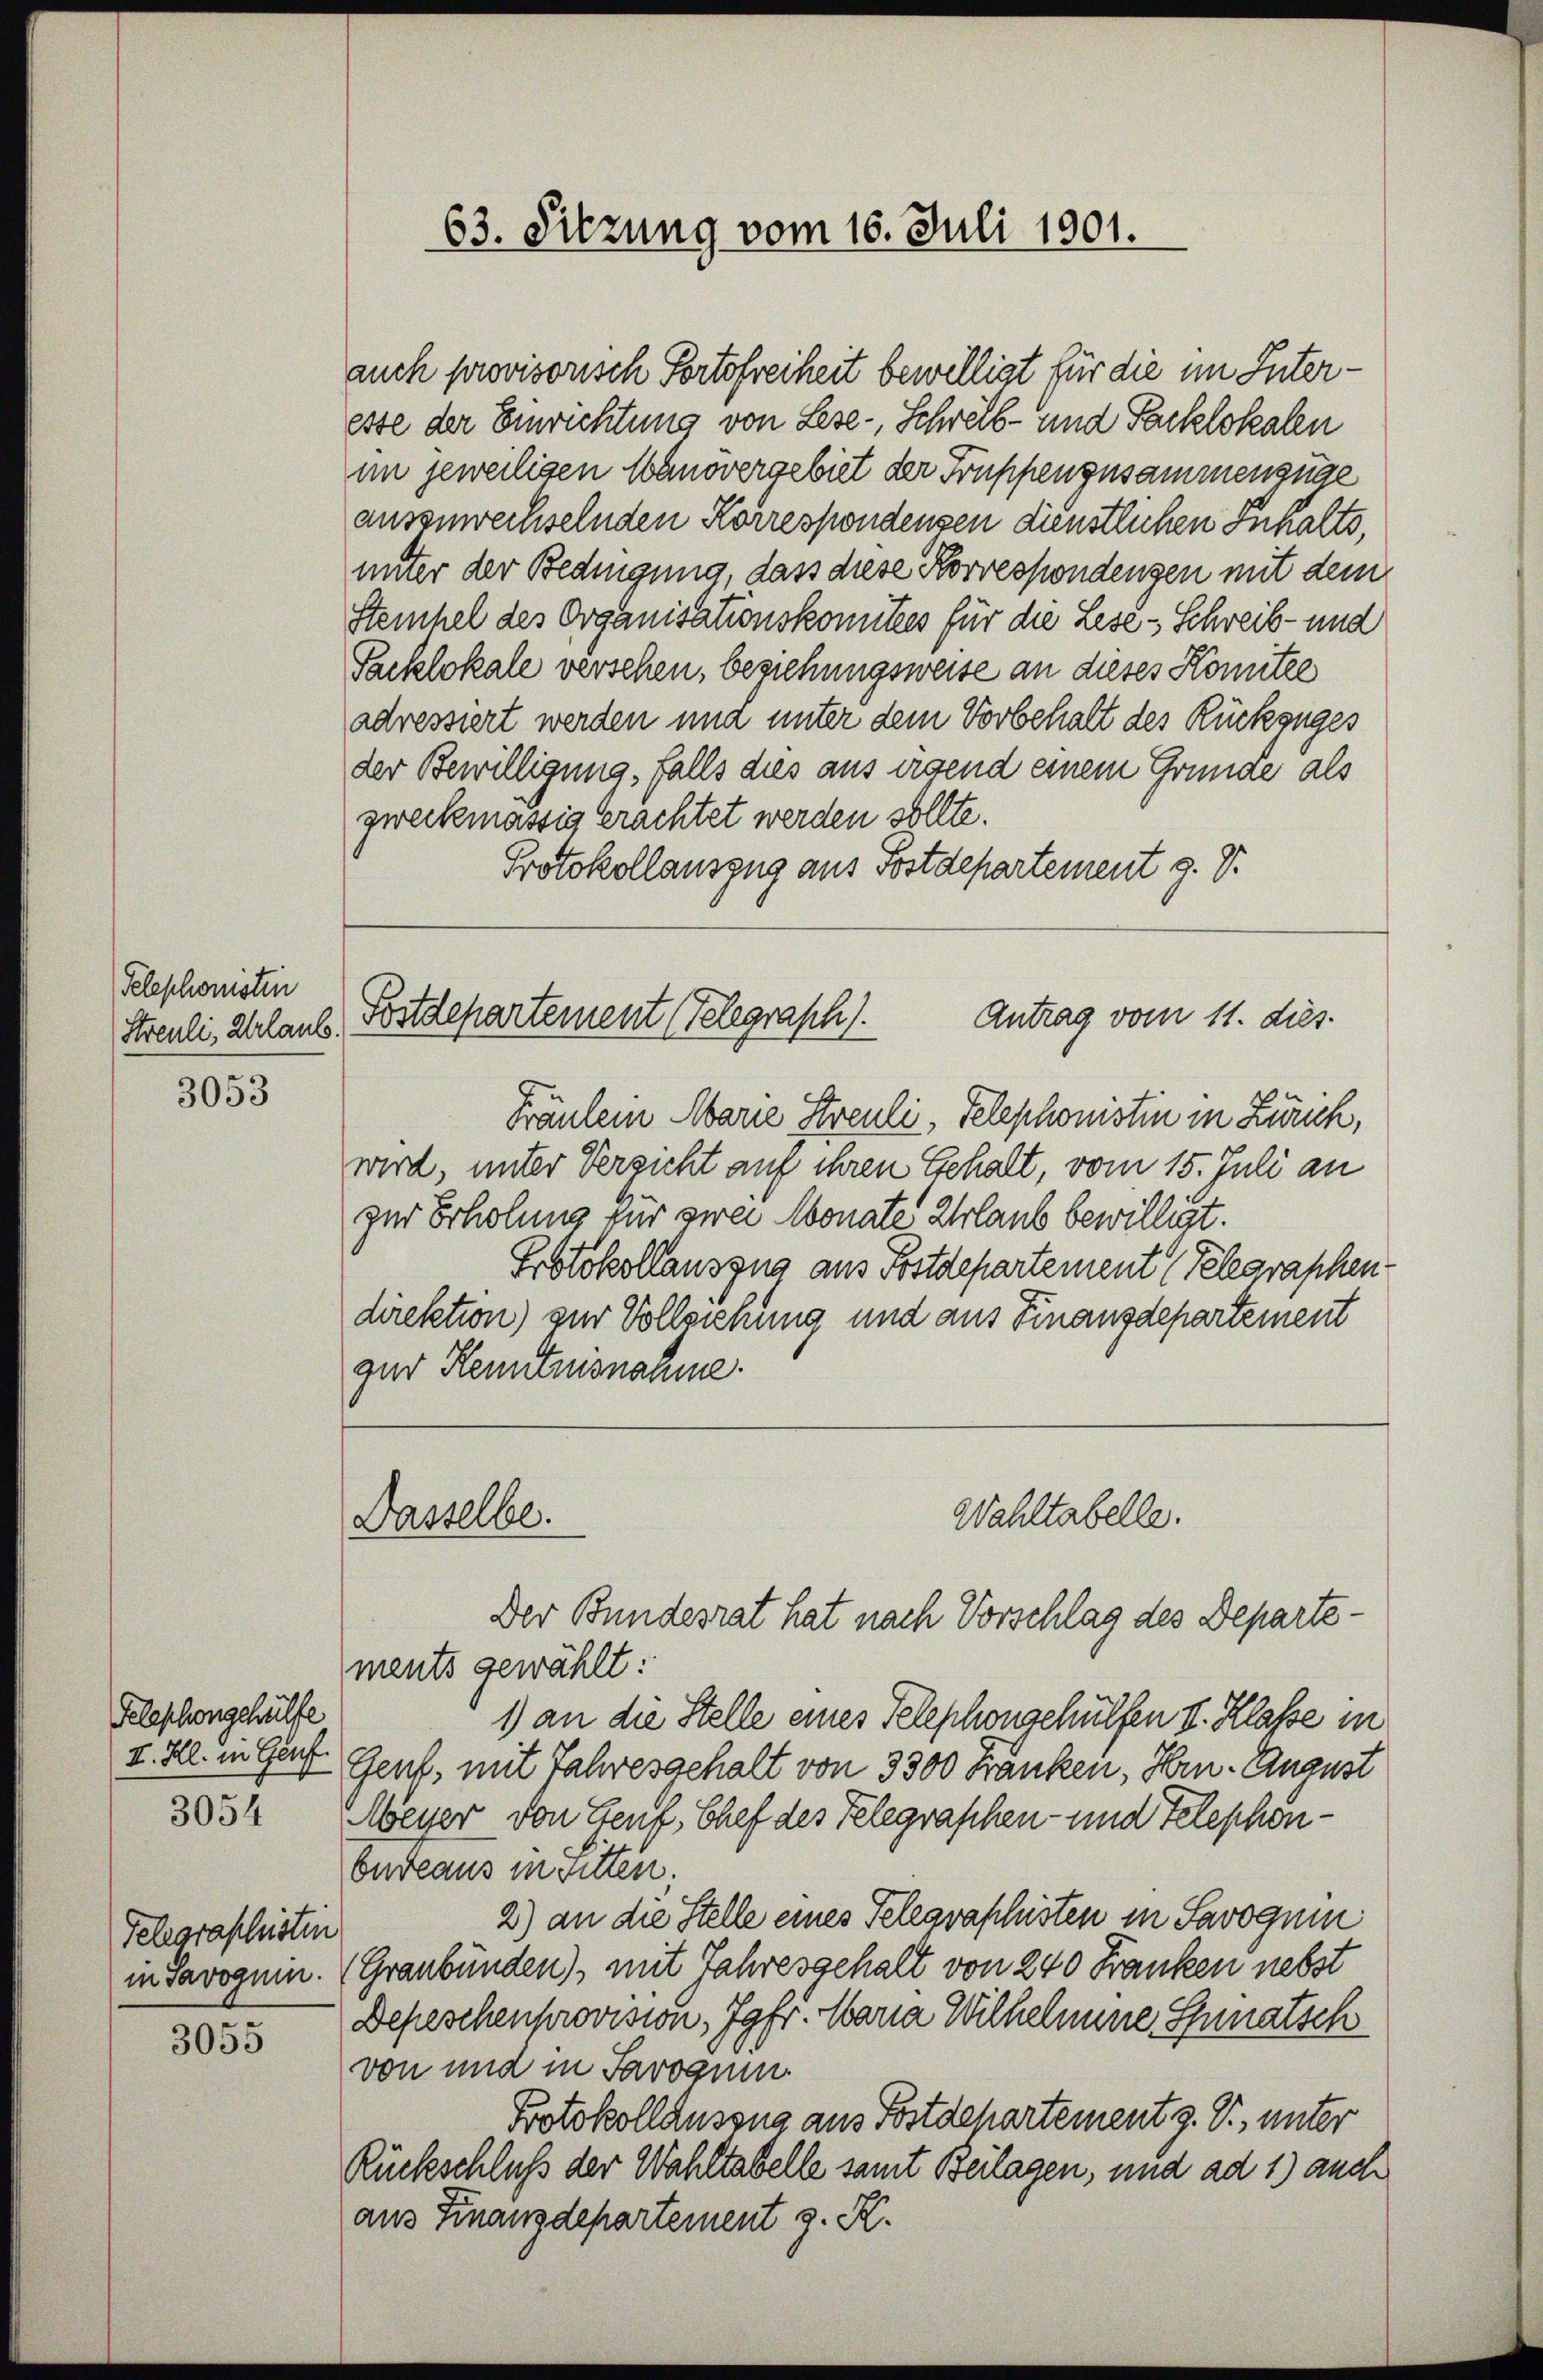
Telephonisten
Streuli, Urlaub.

3053

Telephongehülfe

2031

Telegraphisten

3055

63. Sitzung vom 16. Juli 1901.

zweckmässig erachtet werden sollte.
Protokollauszug aus Postdepartement J. V.

auch provisorisch Portofreiheit bewilligt für die im Interesse der Einrichtung von Lese-, Schreib- und Packlokalen
im jeweiligen Manövergebiet der Truppenzusammenzüge
auszuwechselnden Korrespondensen dienstlichen Inhalts,
unter der Bedingung, dass diese Korrespondenzen mit dem
Steinhel des Organisationskomitees für die Lese - Schreib- und
Packlokale versehen, beziehungsweise an dieses Komitee
adressiert werden und unter dem Vorbehalt des Rückzuges
der Bewilligung, falls dies aus irgend einem Grunde als
Postdepartement (Telegraph).
Antrag vom 11. dies
Fräulein Marie Streuli, Telephonistin in Zürich,
wird, unter Versicht auf ihren Gehalt, vom 15. Juli an
zur Erholung für zwei Monate Urlaub bewilligt.
Protokollauszug aus Postdepartement (Telegraphen.
direktion) zur Vollziehung und aus Finanzdepartement
gur Kenntnisnamme.

Wahltabelle.
Dasselbe.

Der Bundesrat hat nach Vorschlag des Departements gewählt:
1) an die Stelle eines Telephongehülfen II. Klasse in
I. Ill. in Genf. Gent, mit Jahresgehalt von 3300 Franken, Hrn. August
Meyer von Genf, Chef des Telegraschen- und Telephon-
bndeaus in Sitten.
2) an die Stelle eines Telegraphisten in Savoquin
in Savoguin. (Graubünden), mit Jahresgehalt von 240 Franken nebst
Depeschenprovision, Jgfr. Maria Wilhelmine Spinatsch
von und in Savognen.
Protokollauszug aus Postdepartement z. V., unter
Rückschluß der Wahltabelle samt Beilagen, und ad 1) auch
aus Finanzdepartement z. R.